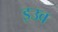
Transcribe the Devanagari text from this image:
इउव